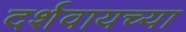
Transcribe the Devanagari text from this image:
दर्शवायच्या